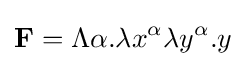
\mathbf {F} =\Lambda \alpha {.}\lambda x^{\alpha }\lambda y^{\alpha }{.}y